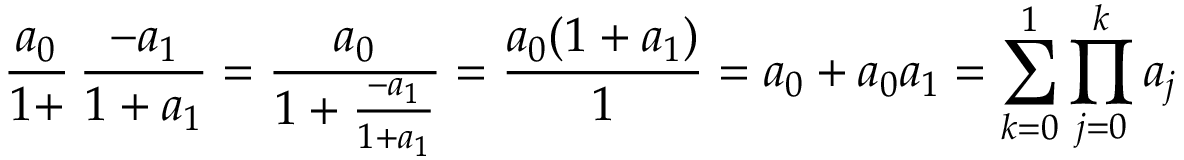
{ \frac { a _ { 0 } } { 1 + } } \, { \frac { - a _ { 1 } } { 1 + a _ { 1 } } } = { \frac { a _ { 0 } } { 1 + { \frac { - a _ { 1 } } { 1 + a _ { 1 } } } } } = { \frac { a _ { 0 } ( 1 + a _ { 1 } ) } { 1 } } = a _ { 0 } + a _ { 0 } a _ { 1 } = \sum _ { k = 0 } ^ { 1 } \prod _ { j = 0 } ^ { k } a _ { j }